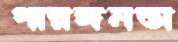
পারঙ্গমতা